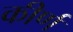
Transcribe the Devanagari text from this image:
कीर्ण